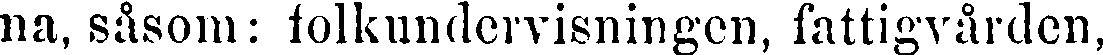
na, såsom: folkundervisningen, fattigvården,